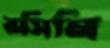
রসিনি